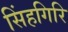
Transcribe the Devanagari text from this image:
सिंहगिरि